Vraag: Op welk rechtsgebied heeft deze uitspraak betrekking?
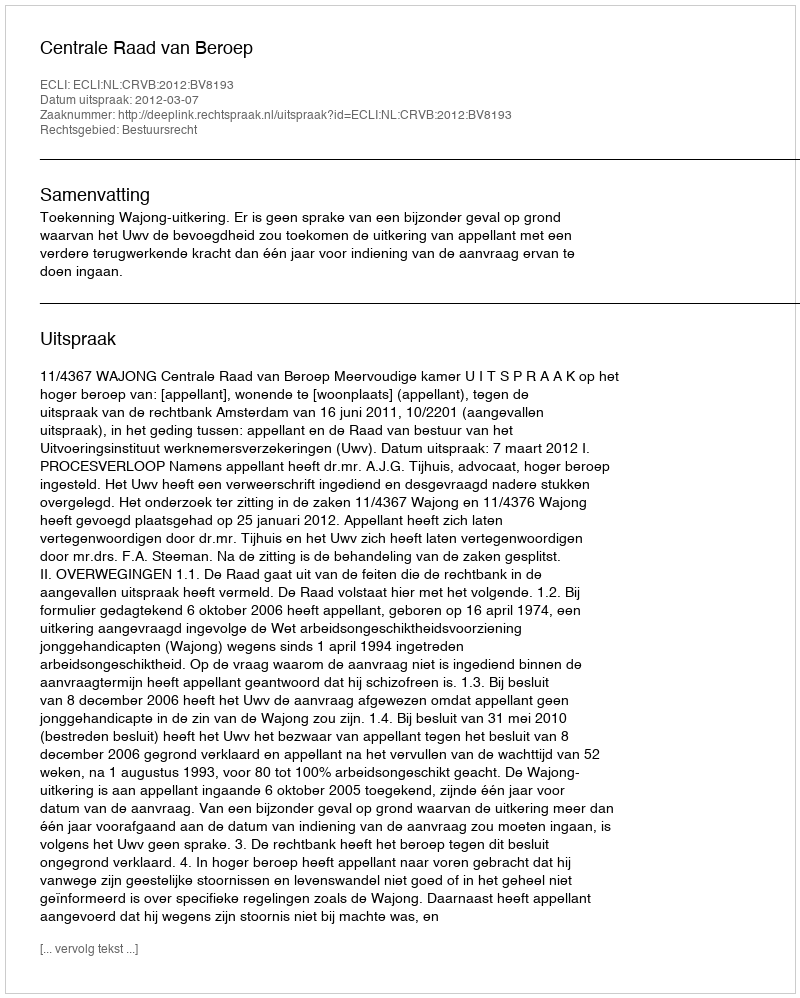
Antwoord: Bestuursrecht